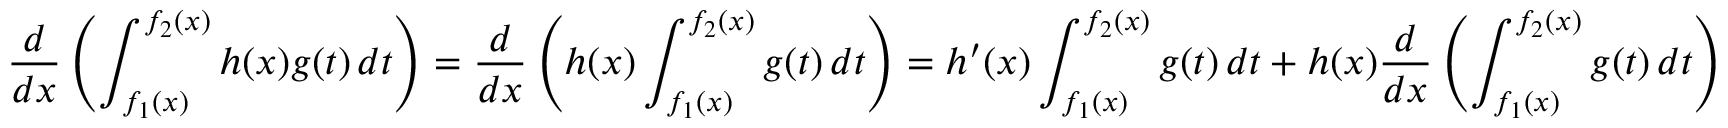
{ \frac { d } { d x } } \left( \int _ { f _ { 1 } ( x ) } ^ { f _ { 2 } ( x ) } h ( x ) g ( t ) \, d t \right) = { \frac { d } { d x } } \left( h ( x ) \int _ { f _ { 1 } ( x ) } ^ { f _ { 2 } ( x ) } g ( t ) \, d t \right) = h ^ { \prime } ( x ) \int _ { f _ { 1 } ( x ) } ^ { f _ { 2 } ( x ) } g ( t ) \, d t + h ( x ) { \frac { d } { d x } } \left( \int _ { f _ { 1 } ( x ) } ^ { f _ { 2 } ( x ) } g ( t ) \, d t \right)